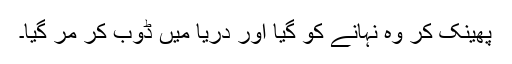
پھینک کر وہ نہانے کو گیا اور دریا میں ڈوب کر مر گیا۔